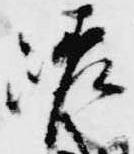
嵯